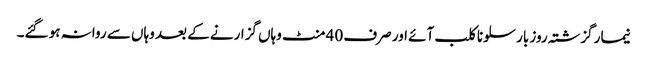
نیمار گزشتہ روز بارسلونا کلب آئے اور صرف 40 منٹ وہاں گزارنے کے بعد وہاں سے روانہ ہو گئے۔